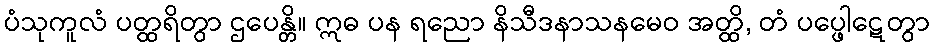
ပံသုကူလံ ပတ္ထရိတွာ ဌပေန္တိ။ ဣဓ ပန ရညော နိသီဒနာသနမေဝ အတ္ထိ, တံ ပပ္ဖေါဋေတွာ